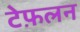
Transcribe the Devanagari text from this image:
टेफ़लन